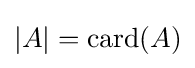
|A|=\operatorname {card} (A)